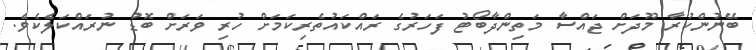
ބޭނުންކުރާ މޫދަށް ޖައްސާ މަތިންދާބޯޓު ފަހަރުގެ ރައްކައުތެރިކަމަށް ހުރި ވަރަށް ބޮޑު ނުރައްކަލެކެވެ.